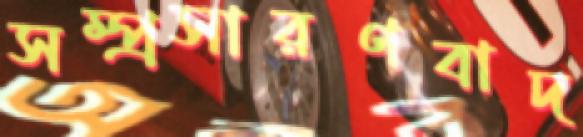
সম্প্রসারণবাদ